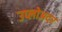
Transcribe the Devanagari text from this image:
उप्लोअदर